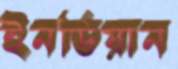
ইনডিয়ান